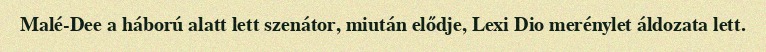
Malé-Dee a háború alatt lett szenátor, miután elődje, Lexi Dio merénylet áldozata lett.